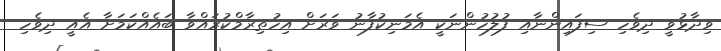
ވިދާޅުވީ ދިވެހި ސިފައިންނާއި ފުލުހުންނަކީ އެމަނިކުފާނު ވަރަށް އިހުތިރާމްކުރައްވާ ބައެއްކަމަށާ އެއީ ދިވެހި